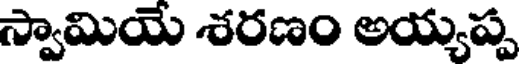
స్వామియే శరణం అయ్యప్ప